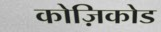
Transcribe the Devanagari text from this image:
कोज़िकोड